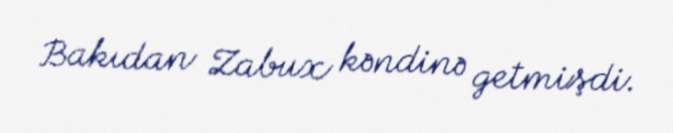
Bakıdan Zabux kəndinə getmişdi.